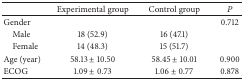
<table><thead><tr><td><b> </b></td><td><b>Experimental group</b></td><td><b>Control group</b></td><td><b><i>P</i></b></td></tr></thead><tbody><tr><td>Gender</td><td> </td><td> </td><td>0.712</td></tr><tr><td> Male</td><td>18 (52.9)</td><td>16 (47.1)</td><td> </td></tr><tr><td> Female</td><td>14 (48.3)</td><td>15 (51.7)</td><td> </td></tr><tr><td>Age (year)</td><td>58.13 ± 10.50</td><td>58.45 ± 10.01</td><td>0.900</td></tr><tr><td>ECOG</td><td>1.09 ± 0.73</td><td>1.06 ± 0.77</td><td>0.878</td></tr></tbody></table>